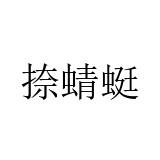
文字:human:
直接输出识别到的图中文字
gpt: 捺蜻蜓